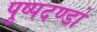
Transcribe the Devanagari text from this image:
पुष्पदण्डों